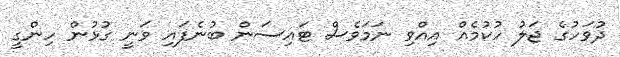
ދުވަހުގެ ޖަލު ހުކުމެއް އިއްވި ނަމަވެސް ޓައިސަން ބުނެފައި ވަނީ ގުޅުން ހިންގީ